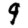
Digit: 9